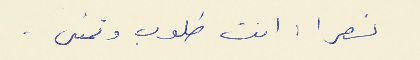
نصرا : انت طلوب وتمنى .